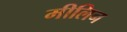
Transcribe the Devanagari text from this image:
मीलिन